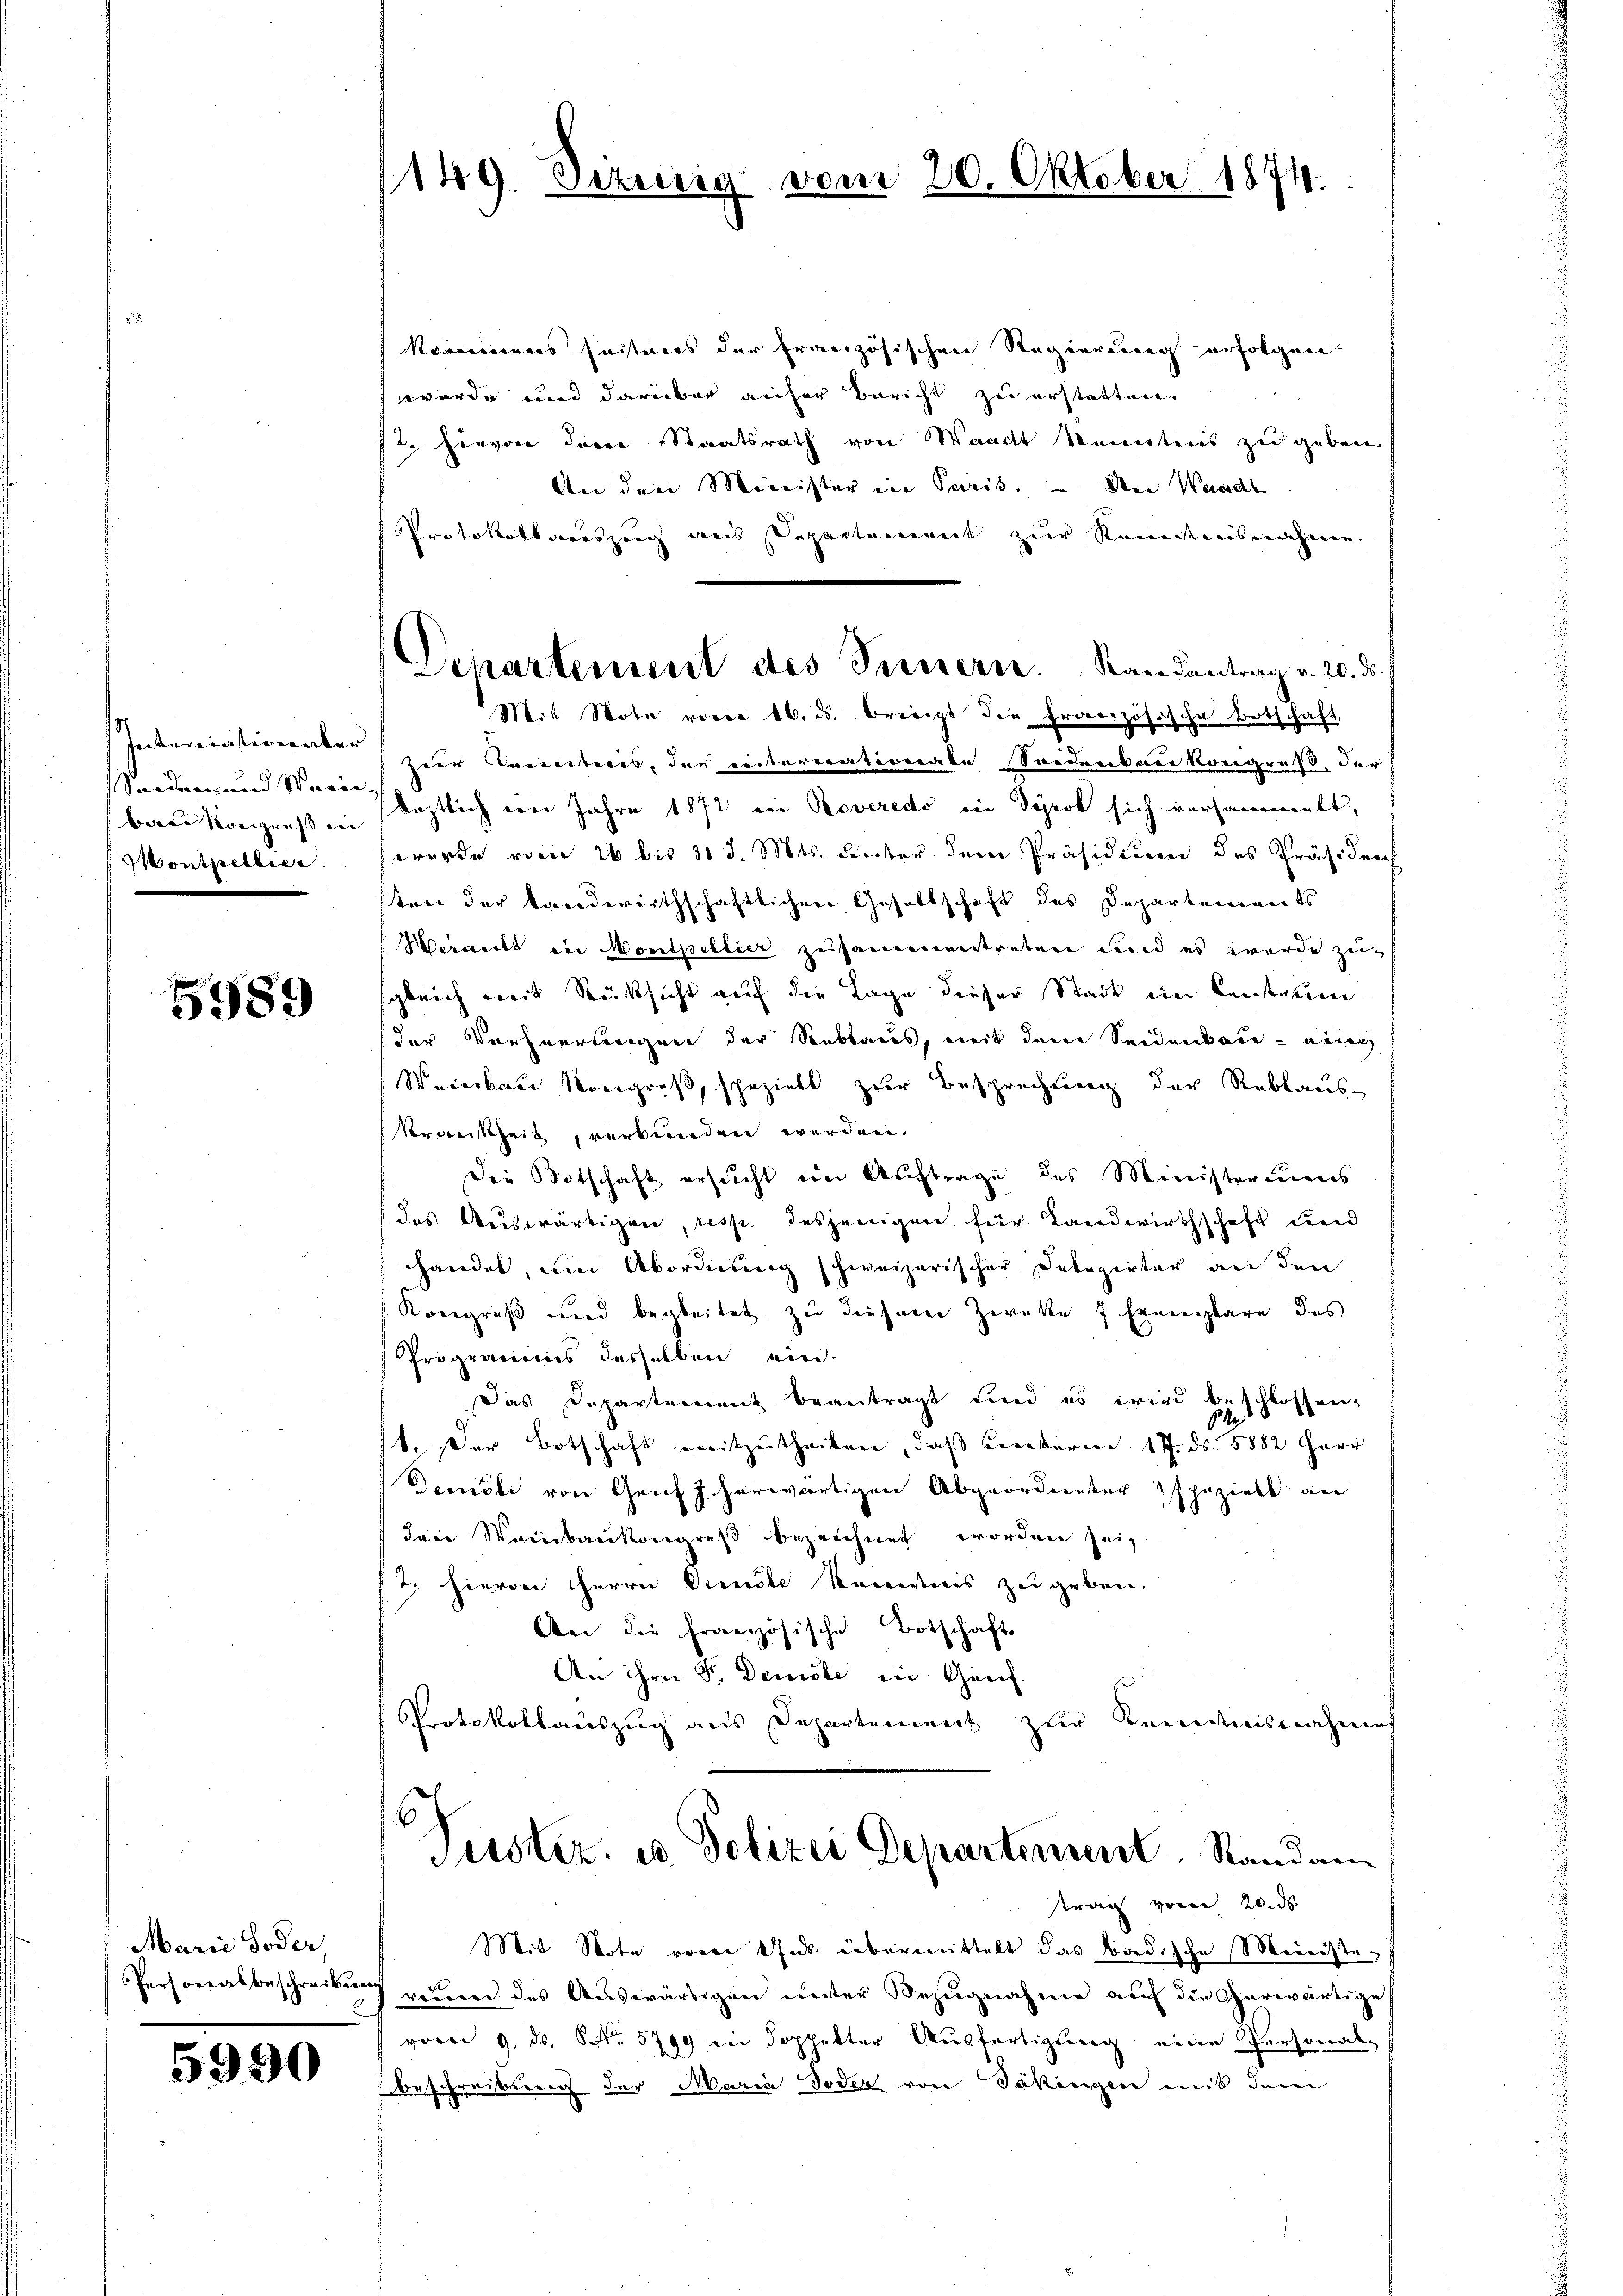
Interriation aber
bate vorgruss in
Montpellier.

5989

Marie Foder,

5990

koennes huitares der französischen Regierung erfolgen
wurde und darüber aufer Bericht zu erstatten.
1t. hervon denen Staatsrath von Waadt Memeteris zu geben
An den Minister in Paris. An Waadt
Protokollsauszeug aus Departement zur Reistensnahmen.
zur Kenntnis, das eiternationate Seidenbaukongreß, der
eeden und Waren sichtlich im Jahre 1872 ein Roveredo in Tyrol sich versammelt,
wurde vom 26 bis 31 d. Mts. unter dem Präsidium des Präsidens
stand der Landwirthschaftlichen Gesellschaft des Departements
Weracht in Monspellier zusammentreten und es wurde zug
sgleich weit Rücksicht auf die Lage dieser Stadt ein Construm
der Verheertungen der Rabbares, weit den Seidentare neing
Werikau Kongreß, spezielt zur Besprechung der Reblaus-
Krankheit, verbunden werden.
Die Botschaft ersucht im Auftrage des Ministeriums
des Auswärtigen, resp. desjenigen für Landwirthschaft und
handel, um Abordnung schweizerischer Delegirter an den
Kongruß und begleitet zu diesem Zwecke 7 Exemplare des
Programms desselben ein
Das Departement beantragt und es wird beschlossen,
1. Der Botschaft mitzutheilen, daß Kerkeren 17. ds. 5882 Herr
Gemste von Genf J. herwärtigen Abgeordneter speziell an
den Weinbaukongreß bezeichnet worden sei,
2. hievon Herrn Dienste Kenntnis zu geben
An die Französische Botschaft
An ihre F. Demste in Genf.
Protokollauszug aus Departement zur Kenntnisnahmes
6
Justiz, u. Polizei Departement Randam
trag von 20. ds.
Sit Note vorer Jus übermittelt das Badische Meiniste¬
Personalbeschreibŭng zŭm des Aŭswärtigen ŭnter Bezŭgnahme aŭf die Gerwärtige
vom 9. ds. S. 5799 in doppelter Aŭsfertigung eine Personal-
Beschreibung der Maria Tode von Säkingen mit dem

149. Sekunig vom 20. Oktober 1874.

Departement des Innern. Randantrag v. 20. ds.
Mit Note vocio 16. ds. breiigt die französische Botschaft,